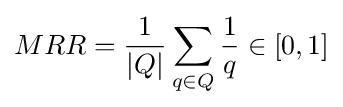
MRR={\frac {1}{|Q|}}\sum _{q\in Q}{\frac {1}{q}}\in [0,1]